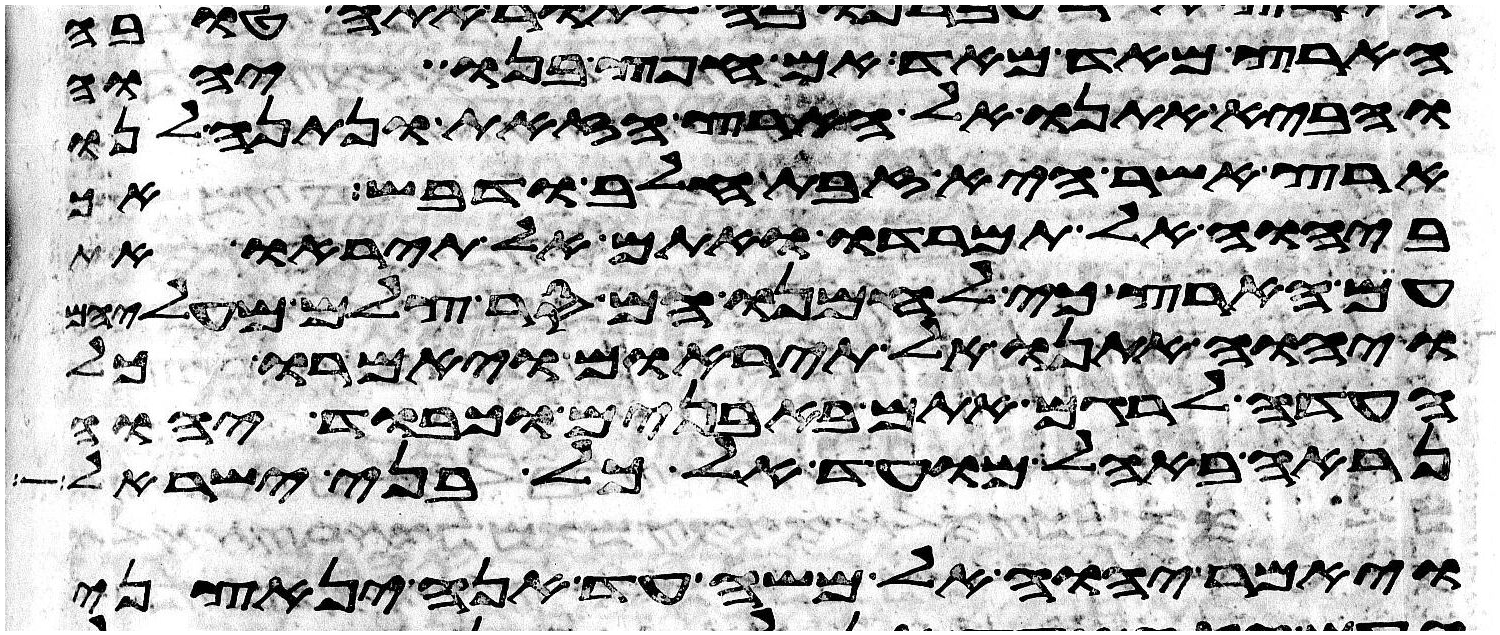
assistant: הארץ מאד מאד אם חפץ בנו יהוה
והביא אתנו אל הארץ הזאת ונתנה לנו
ארץ אשר היא זבת חלב ודבש אך
ביהוה אל תמרדו ואתם אל תיראו את
עם הארץ כי לחמנו הם סר צלם מעליהם
ויהוה אתנו אל תיראום ויאמרו כל
העדה לרגם אתם באבנים וכבוד יהוה
נראה באהל מועד אל כל בני ישראל
ויאמר יהוה אל משה עד אנה ינאצני